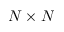
N \times N